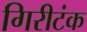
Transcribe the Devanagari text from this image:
गिरीटंक